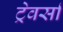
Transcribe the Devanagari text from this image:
ट्रेवर्सा